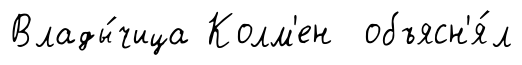
Влады́чица Колм'ен объясн'я́л